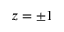
z = \pm 1